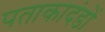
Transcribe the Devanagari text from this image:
पताकादंडों